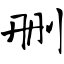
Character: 删